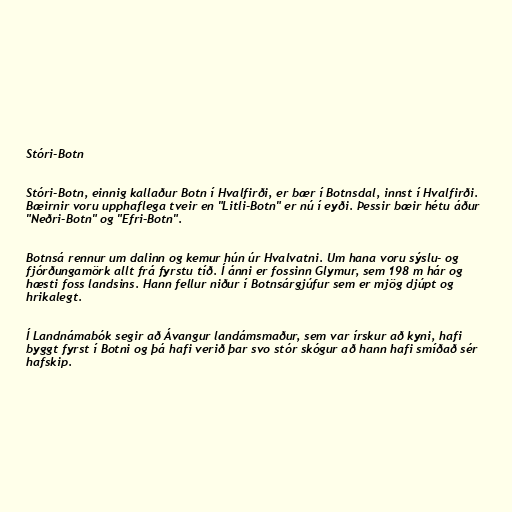
Stóri-Botn

Stóri-Botn, einnig kallaður Botn í Hvalfirði, er bær í Botnsdal, innst í Hvalfirði.
Bæirnir voru upphaflega tveir en "Litli-Botn" er nú í eyði. Þessir bæir hétu áður
"Neðri-Botn" og "Efri-Botn".

Botnsá rennur um dalinn og kemur hún úr Hvalvatni. Um hana voru sýslu- og
fjórðungamörk allt frá fyrstu tíð. Í ánni er fossinn Glymur, sem 198 m hár og
hæsti foss landsins. Hann fellur niður í Botnsárgjúfur sem er mjög djúpt og
hrikalegt.

Í Landnámabók segir að Ávangur landámsmaður, sem var írskur að kyni, hafi
byggt fyrst í Botni og þá hafi verið þar svo stór skógur að hann hafi smíðað sér
hafskip.